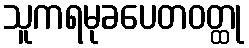
သူကရမုခပေတဝတ္ထု